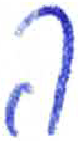
אות: ה